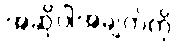
အဆိုပါအချက်ကို